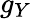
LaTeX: g_{Y}